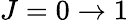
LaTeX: J=0\rightarrow 1